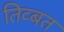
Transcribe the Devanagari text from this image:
तिव्बत